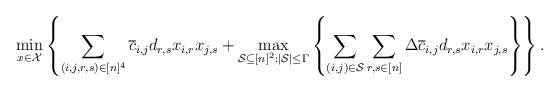
LaTeX: \begin{align*}&\min_{x\in \mathcal{X}} \left\{ \sum_{(i,j,r,s) \in [n]^4} \overline{c}_{i,j}d_{r,s}x_{i,r}x_{j,s} + \max_{\mathcal{S} \subseteq [n]^2:|\mathcal{S}|\le \Gamma} \left\{ \sum_{(i,j)\in \mathcal{S}} \sum_{r,s\in [n]} \Delta \overline{c}_{i,j} d_{r,s}x_{i,r}x_{j,s} \right\} \right\} .\end{align*}